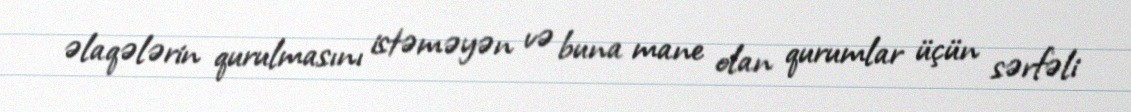
əlaqələrin qurulmasını istəməyən və buna mane olan qurumlar üçün sərfəli